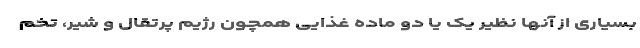
بسیاری از آنها نظیر یک یا دو ماده غذایی همچون رژیم پرتقال و شیر، تخم